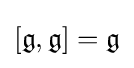
[{\mathfrak {g}},{\mathfrak {g}}]={\mathfrak {g}}